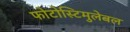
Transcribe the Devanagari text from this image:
फोटोस्टिमुलेबल